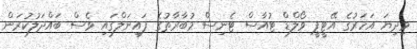
މިދިޔަ އަހަރުގެ އޭޓީޕީ ވޯލްޑް ޓުއާސް ޓެނިސް މުބާރާތުގެ ފައިނަލްގައި ވެސް ބައްދަލުކުރަން